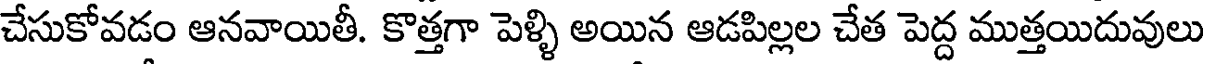
చేసుకోవడం ఆనవాయితీ. కొత్తగా పెళ్ళి అయిన ఆడపిల్లల చేత పెద్ద ముత్తయిదువులు